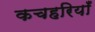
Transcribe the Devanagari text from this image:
कचहरियाँ